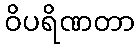
ဝိပရိဏတာ